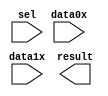
// megafunction wizard: %LPM_MUX%VBB%
// GENERATION: STANDARD
// VERSION: WM1.0
// MODULE: LPM_MUX 

// ============================================================
// Megafunction Name(s):
// 			LPM_MUX
//
// Simulation Library Files(s):
// 			lpm
// ============================================================
// ************************************************************
// THIS IS A WIZARD-GENERATED FILE. DO NOT EDIT THIS FILE!
//
// 13.0.1 Build 232 06/12/2013 SP 1 SJ Web Edition
// ************************************************************

//Copyright (C) 1991-2013 Altera Corporation
//Your use of Altera Corporation's design tools, logic functions 
//and other software and tools, and its AMPP partner logic 
//functions, and any output files from any of the foregoing 
//(including device programming or simulation files), and any 
//associated documentation or information are expressly subject 
//to the terms and conditions of the Altera Program License 
//Subscription Agreement, Altera MegaCore Function License 
//Agreement, or other applicable license agreement, including, 
//without limitation, that your use is for the sole purpose of 
//programming logic devices manufactured by Altera and sold by 
//Altera or its authorized distributors.  Please refer to the 
//applicable agreement for further details.

module lpm_mux2 (
	data0x,
	data1x,
	sel,
	result);

	input	[31:0]  data0x;
	input	[31:0]  data1x;
	input	  sel;
	output	[31:0]  result;

endmodule

// ============================================================
// CNX file retrieval info
// ============================================================
// Retrieval info: PRIVATE: INTENDED_DEVICE_FAMILY STRING "Cyclone II"
// Retrieval info: PRIVATE: SYNTH_WRAPPER_GEN_POSTFIX STRING "0"
// Retrieval info: PRIVATE: new_diagram STRING "1"
// Retrieval info: LIBRARY: lpm lpm.lpm_components.all
// Retrieval info: CONSTANT: LPM_SIZE NUMERIC "2"
// Retrieval info: CONSTANT: LPM_TYPE STRING "LPM_MUX"
// Retrieval info: CONSTANT: LPM_WIDTH NUMERIC "32"
// Retrieval info: CONSTANT: LPM_WIDTHS NUMERIC "1"
// Retrieval info: USED_PORT: data0x 0 0 32 0 INPUT NODEFVAL "data0x[31..0]"
// Retrieval info: USED_PORT: data1x 0 0 32 0 INPUT NODEFVAL "data1x[31..0]"
// Retrieval info: USED_PORT: result 0 0 32 0 OUTPUT NODEFVAL "result[31..0]"
// Retrieval info: USED_PORT: sel 0 0 0 0 INPUT NODEFVAL "sel"
// Retrieval info: CONNECT: @data 0 0 32 0 data0x 0 0 32 0
// Retrieval info: CONNECT: @data 0 0 32 32 data1x 0 0 32 0
// Retrieval info: CONNECT: @sel 0 0 1 0 sel 0 0 0 0
// Retrieval info: CONNECT: result 0 0 32 0 @result 0 0 32 0
// Retrieval info: GEN_FILE: TYPE_NORMAL lpm_mux2.v TRUE
// Retrieval info: GEN_FILE: TYPE_NORMAL lpm_mux2.inc FALSE
// Retrieval info: GEN_FILE: TYPE_NORMAL lpm_mux2.cmp FALSE
// Retrieval info: GEN_FILE: TYPE_NORMAL lpm_mux2.bsf TRUE FALSE
// Retrieval info: GEN_FILE: TYPE_NORMAL lpm_mux2_inst.v FALSE
// Retrieval info: GEN_FILE: TYPE_NORMAL lpm_mux2_bb.v TRUE
// Retrieval info: LIB_FILE: lpm